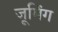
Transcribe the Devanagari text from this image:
जूमिंग